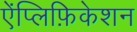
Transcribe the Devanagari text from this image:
ऐंप्लिफ़िकेशन